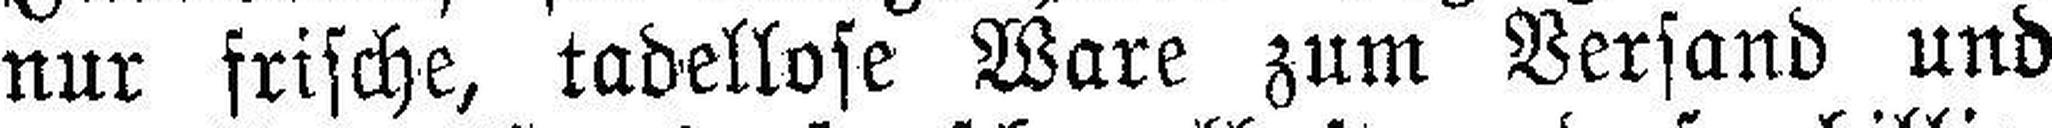
nur frische, tadellose Ware zum Versand und